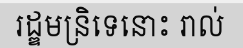
រដ្ឌមន្រិទេនោះ រាល់